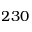
2 3 0